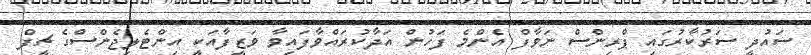
ސައުދީ ސަރުކާރުގައި ޕްރިންސް ނަވާފް އެންމެ ފަހުން އަދާކުރައްވާފައިވާ ވަޒީފާއަކީ އިންޓެލިޖެންސްގެ ޗީފް